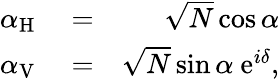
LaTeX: \begin{array}{rlr}{\alpha_{\mathrm{H}}}&{{}=}&{\sqrt{N}\cos\alpha}\\ {\alpha_{\mathrm{V}}}&{{}=}&{\sqrt{N}\sin\alpha\ \mathrm{e}^{i\delta},}\end{array}